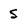
Character: s